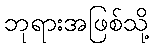
ဘုရားအဖြစ်သို့